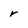
Character: r